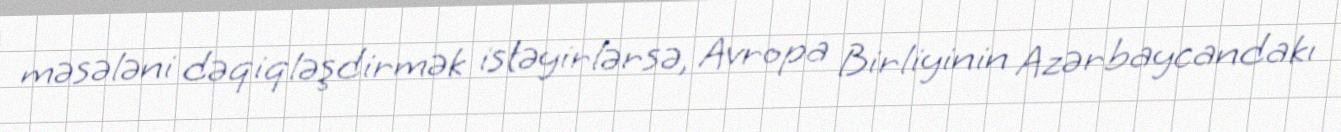
məsələni dəqiqləşdirmək istəyirlərsə, Avropa Birliyinin Azərbaycandakı